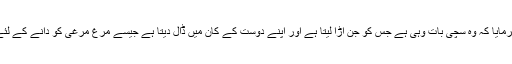
آپﷺ نے فرمایا کہ وہ سچی بات وہی ہے جس کو جن اُڑا لیتا ہے اور اپنے دوست کے کان میں ڈال دیتا ہے جیسے مرغ مرغی کو دانے کے لئے بلاتا ہے۔